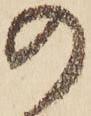
の